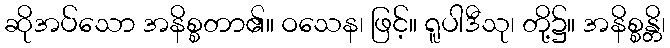
ဆိုအပ်သော အနိစ္စတာ၏။ ဝသေန၊ ဖြင့်။ ရူပါဒီသု၊ တို့၌။ အနိစ္စန္တိ၊